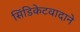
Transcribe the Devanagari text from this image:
सिंडिकेटवादाने